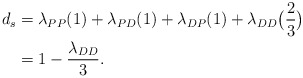
\begin{align*} d_s & = \lambda_{PP} (1)+ \lambda_{PD} (1) + \lambda_{DP} (1) + \lambda_{DD} \big(\frac{2}{3}\big)\\ &= 1-\frac{ \lambda_{DD}}{3}. \end{align*}